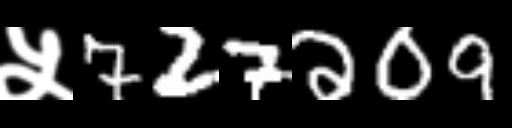
Text: ५727209